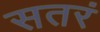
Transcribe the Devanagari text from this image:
सतरं